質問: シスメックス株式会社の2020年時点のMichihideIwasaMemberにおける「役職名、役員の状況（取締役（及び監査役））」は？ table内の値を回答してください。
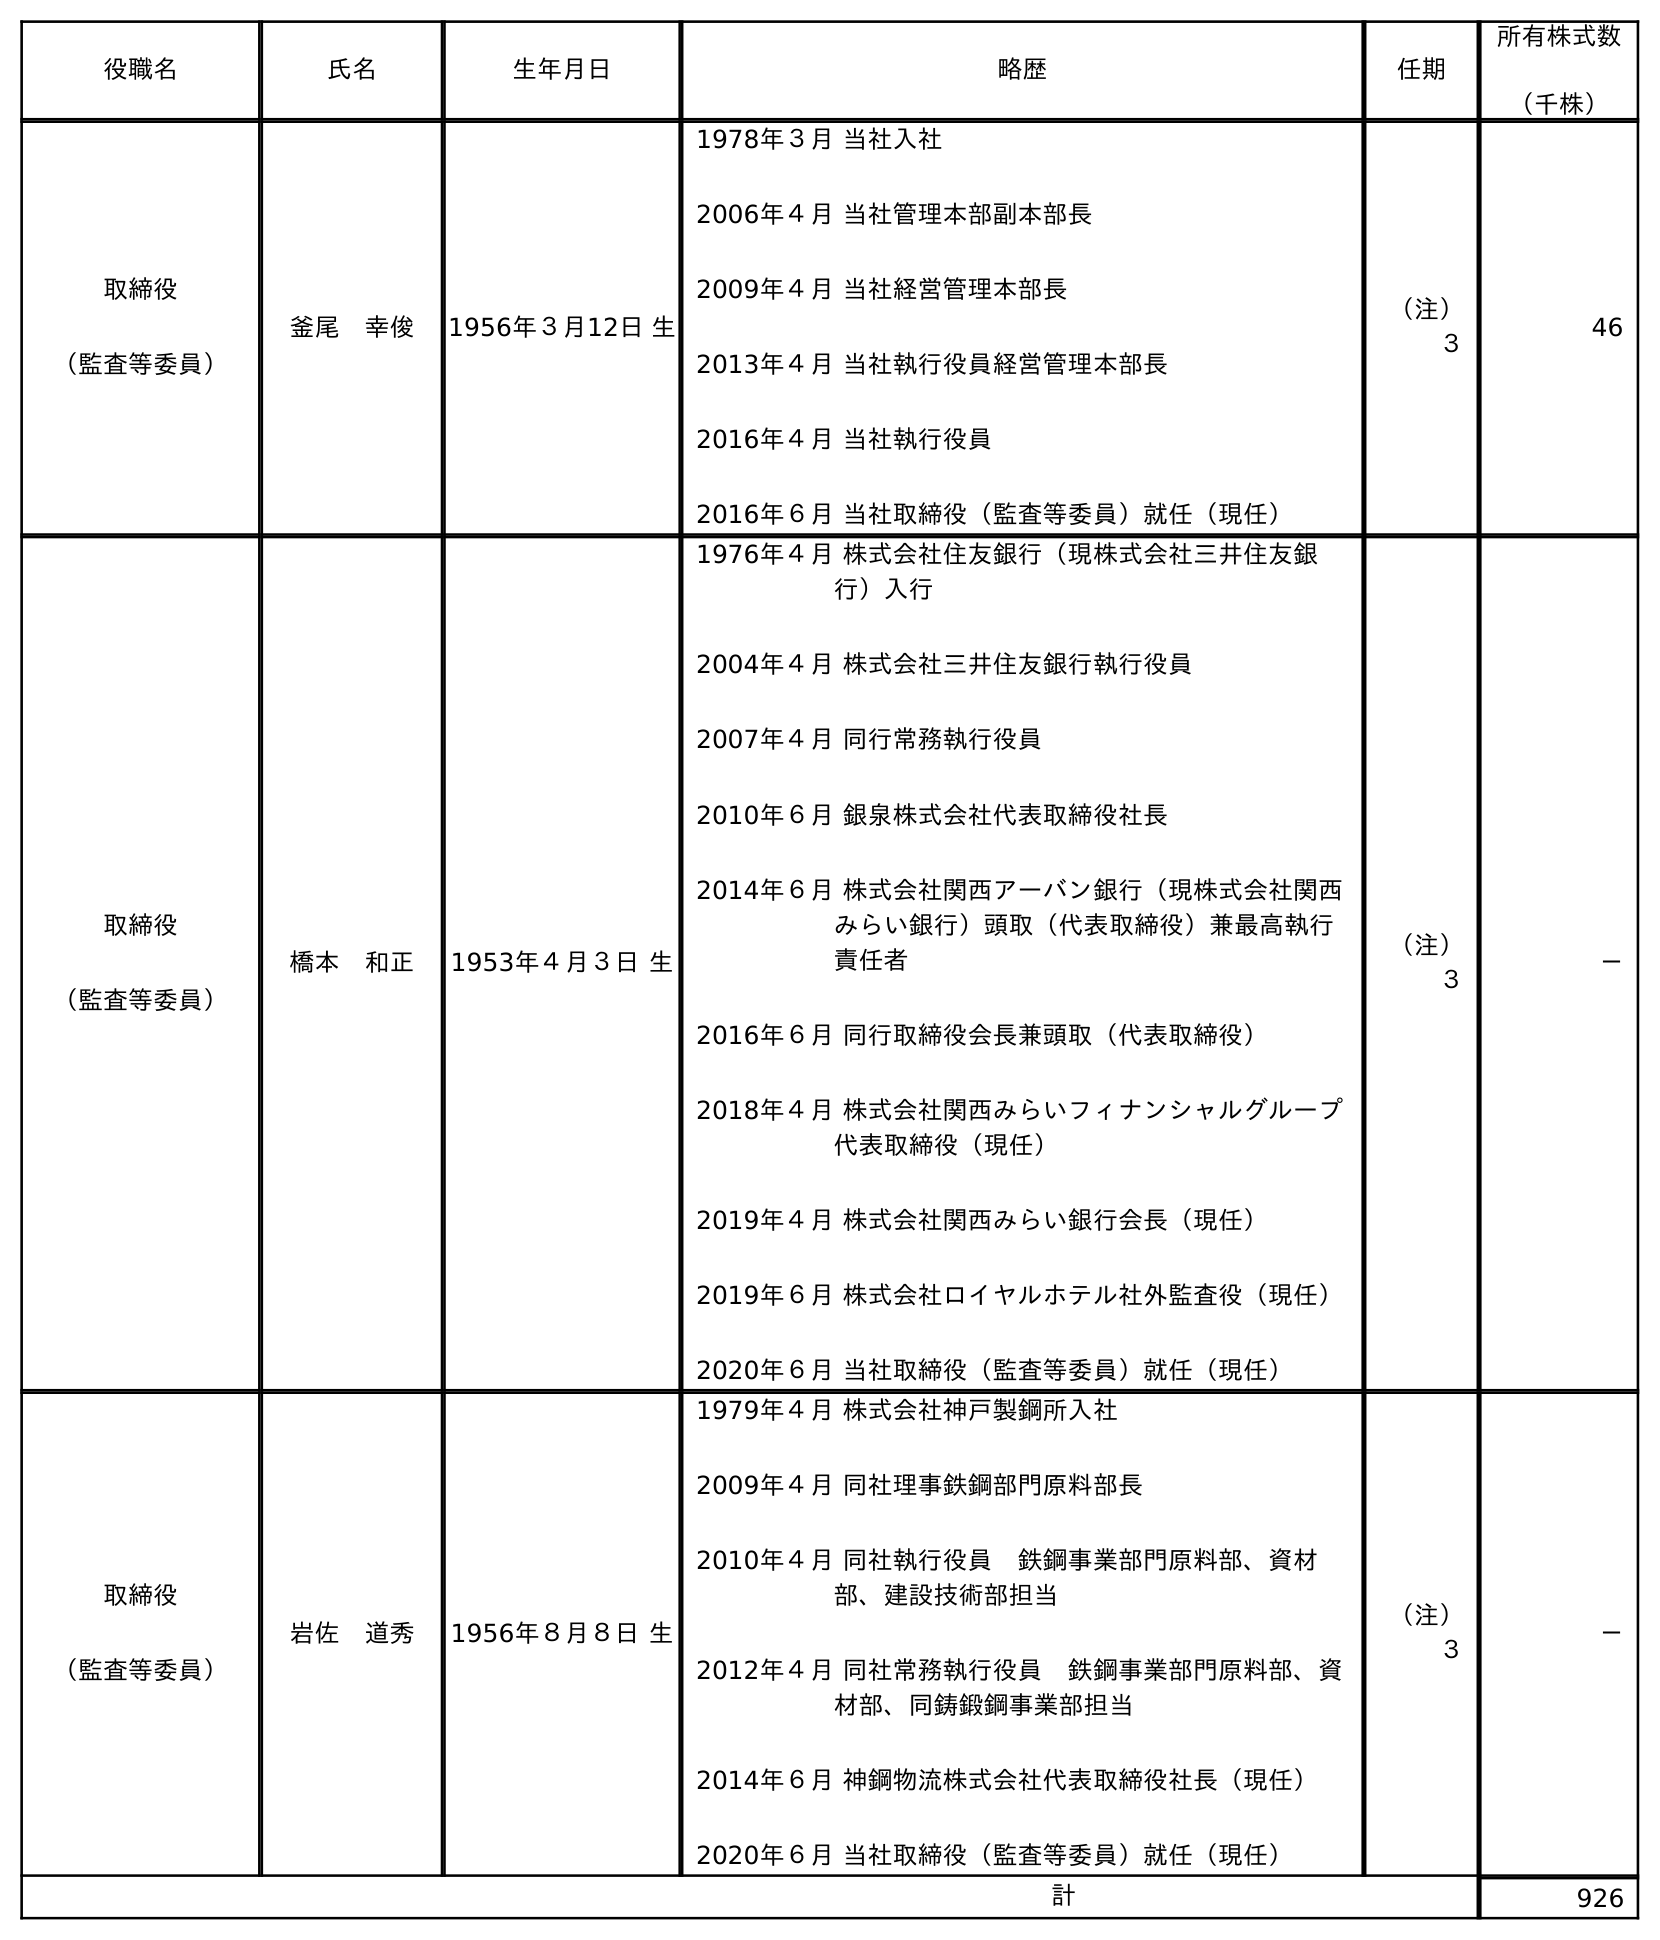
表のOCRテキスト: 役職名 氏名 生年月日 略歴 任期 所有株式数 （千株） 取締役 （監査等委員） 釜尾 幸俊 1956年３月12日 生 1978年３月 当社入社 2006年４月 当社管理本部副本部長 2009年４月 当社経営管理本部長 2013年４月 当社執行役員経営管理本部長 2016年４月 当社執行役員 2016年６月 当社取締役（監査等委員）就任（現任） （注） ３ 46 取締役 （監査等委員） 橋本 和正 1953年４月３日 生 1976年４月 株式会社住友銀行（現株式会社三井住友銀 行）入行 2004年４月 株式会社三井住友銀行執行役員 2007年４月 同行常務執行役員 2010年６月 銀泉株式会社代表取締役社長 2014年６月 株式会社関西アーバン銀行（現株式会社関西 みらい銀行）頭取（代表取締役）兼最高執行 責任者 2016年６月 同行取締役会長兼頭取（代表取締役） 2018年４月 株式会社関西みらいフィナンシャルグループ 代表取締役（現任） 2019年４月 株式会社関西みらい銀行会長（現任） 2019年６月 株式会社ロイヤルホテル社外監査役（現任） 2020年６月 当社取締役（監査等委員）就任（現任） （注） ３ － 取締役 （監査等委員） 岩佐 道秀 1956年８月８日 生 1979年４月 株式会社神戶製鋼所入社 2009年４月 同社理事鉄鋼部門原料部長 2010年４月 同社執行役員 鉄鋼事業部門原料部、資材 部、建設技術部担当 2012年４月 同社常務執行役員 鉄鋼事業部門原料部、資 材部、同鋳鍛鋼事業部担当 2014年６月 神鋼物流株式会社代表取締役社長（現任） 2020年６月 当社取締役（監査等委員）就任（現任） （注） ３ － 計 926
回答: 取締役（監査等委員）